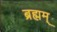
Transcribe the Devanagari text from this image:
ब्रह्मम्